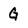
Character: G